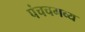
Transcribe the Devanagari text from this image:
पंचचगव्य